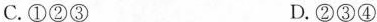
C. ②③ D. ②③④